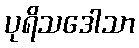
ပုရိသဒေါသာ